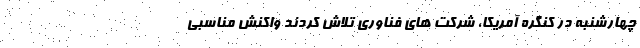
چهارشنبه در کنگره آمریکا، شرکت های فناوری تلاش کردند واکنش مناسبی